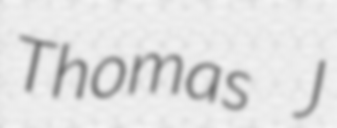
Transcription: Thomas J